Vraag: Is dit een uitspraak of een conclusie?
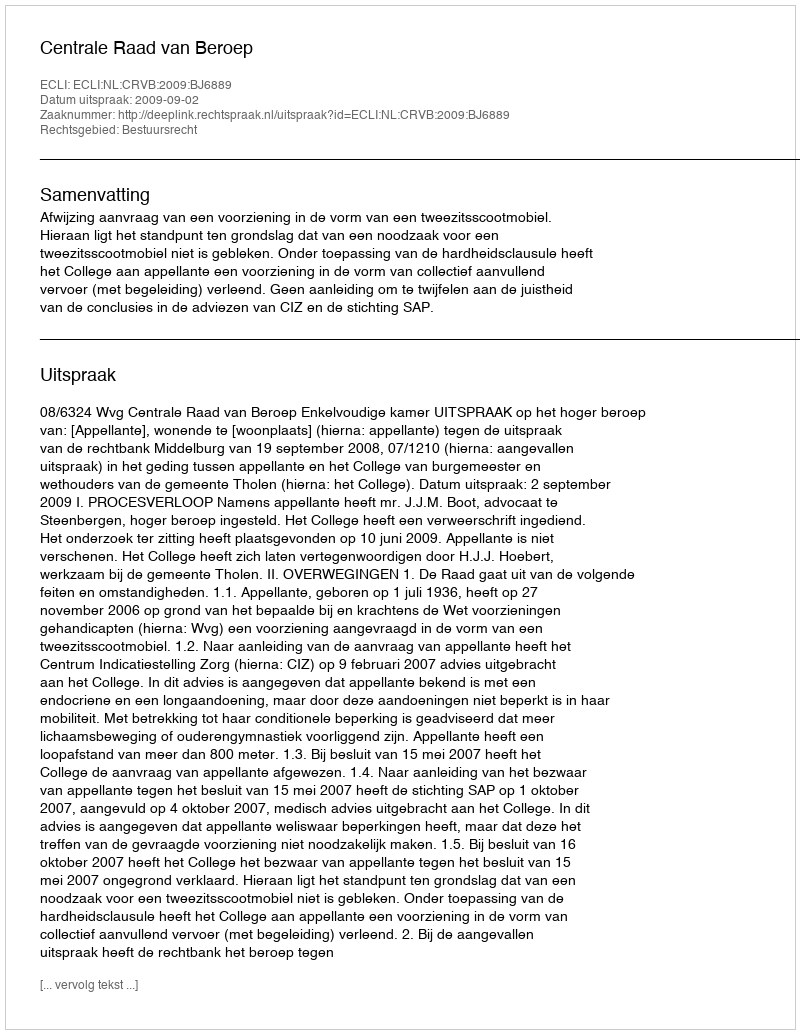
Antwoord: Uitspraak